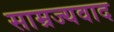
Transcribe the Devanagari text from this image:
साम्रज्यवाद